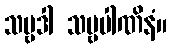
သဗ္ဗဒါ သဗ္ဗပါဏိနံ။